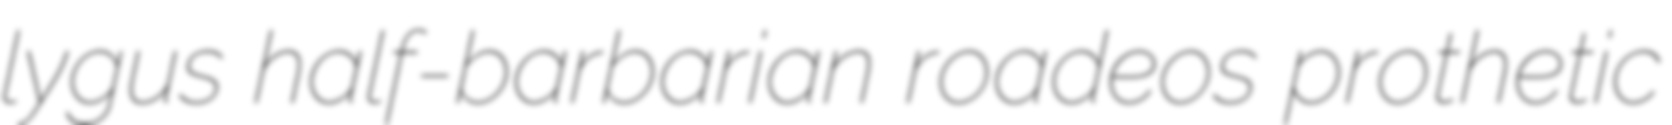
lygus half-barbarian roadeos prothetic